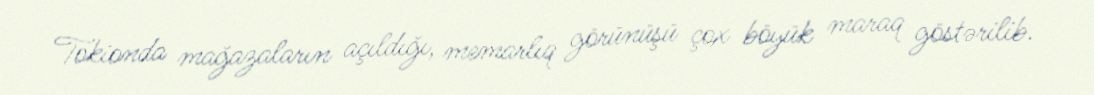
Tokionda mağazaların açıldığı, memarlıq görünüşü çox böyük maraq göstərilib.